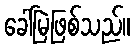
ခေါ်မြဲဖြစ်သည်။